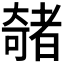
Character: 𫯽